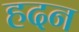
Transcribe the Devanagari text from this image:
हदन